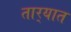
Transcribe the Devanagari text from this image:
तार्‍यात